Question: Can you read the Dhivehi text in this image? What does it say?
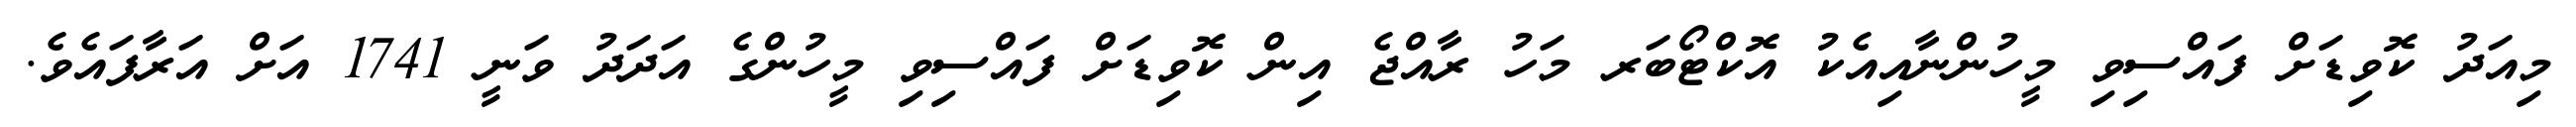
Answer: މިއަދު ކޮވިޑަށް ފައްސިވި މީހުންނާއިއެކު އޮކްޓޯބަރ މަހު ރާއްޖެ އިން ކޮވިޑަށް ފައްސިވި މީހުންގެ އަދަދު ވަނީ 1741 އަށް އަރާފައެވެ.